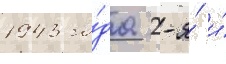
1943 го́да 2-я́ и́